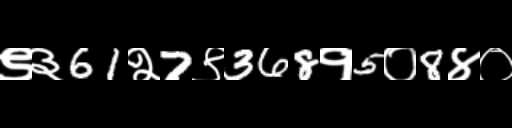
Text: ९३61२7९368१5०8४०